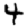
Digit: 4